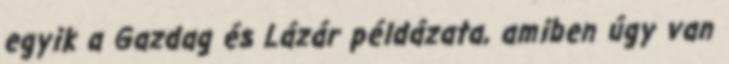
egyik a Gazdag és Lázár példázata, amiben úgy van